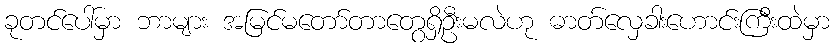
ခုတင်ပေါ်မှာ ဘာများ အမြင်မတော်တာတွေရှိဦးမလဲဟု ဓာတ်လှေခါးဟောင်းကြီးထဲမှာ